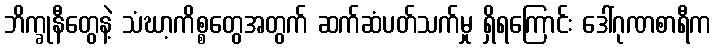
ဘိက္ခုနီတွေနဲ့ သံဃာ့ကိစ္စတွေအတွက် ဆက်ဆံပတ်သက်မှု ရှိရကြောင်း ဒေါ်ဂုဏစာရီက